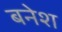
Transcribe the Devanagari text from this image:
बनेश